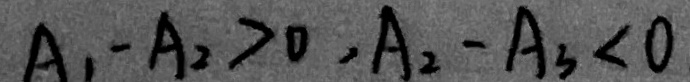
A _ { 1 } - A _ { 2 } > 0 , A _ { 2 } - A _ { 3 } < 0